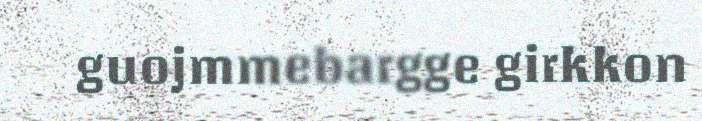
guojmmebargge girkkon